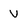
Character: V